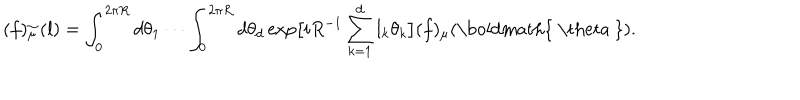
LaTeX: ( f ) _ { \mu } ^ { \sim } ( { \bf l } ) = \int _ { 0 } ^ { 2 \pi R } d \theta _ { 1 } \cdots \int _ { 0 } ^ { 2 \pi R } d \theta _ { d } \exp \bigl [ i R ^ { - 1 } \sum _ { k = 1 } ^ { d } l _ { k } \theta _ { k } \bigr ] ( f ) _ { \mu } ( \mathrm { \boldmath { ~ \ t h e t a ~ } } ) .